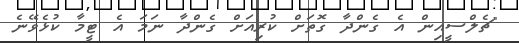
"ޗެލްސީއިން އެ ގެންދާ ގޮތަށް ކުރިއަށް ގެންދާ ނަމަ އެ ޓީމާ ކުޅެވޭނެ